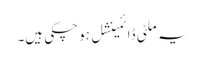
یہ ملٹی ڈائمینشل ہو چکی ہیں۔